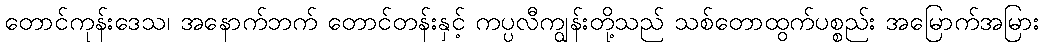
တောင်ကုန်းဒေသ၊ အနောက်ဘက် တောင်တန်းနှင့် ကပ္ပလီကျွန်းတို့သည် သစ်တောထွက်ပစ္စည်း အမြောက်အမြား